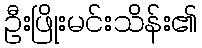
ဦးဖြိုးမင်းသိန်း၏